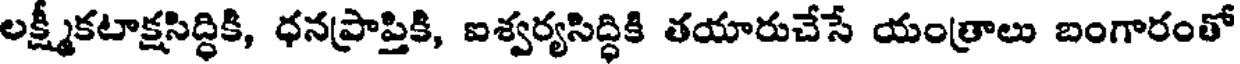
లక్ష్మీకటాక్షసిద్ధికి, ధనప్రాప్తికి, ఐశ్వర్యసిద్ధికి తయారుచేసే యంత్రాలు బంగారంతో